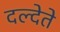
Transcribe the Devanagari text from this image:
दल्देते